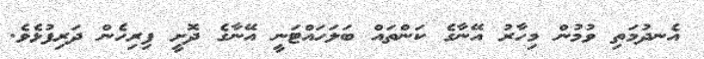
އެނދުމަތި ވުމުން މިހާރު އޭނާގެ ކަންތައް ބަލަހައްޓަނީ އޭނާގެ ދޮށީ ފިރިހެން ދަރިފުޅެވެ.